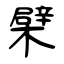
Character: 檗